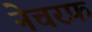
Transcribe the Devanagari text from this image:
नेचरफ़